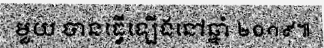
មួយ បានធ្វើឡើងនៅឆ្នាំ ២០១៩៕